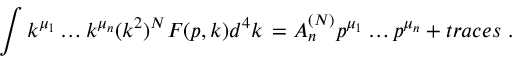
\int k ^ { \mu _ { 1 } } \ldots k ^ { \mu _ { n } } ( k ^ { 2 } ) ^ { N } F ( p , k ) d ^ { 4 } k \, = A _ { n } ^ { ( N ) } p ^ { \mu _ { 1 } } \ldots p ^ { \mu _ { n } } + t r a c e s \ .